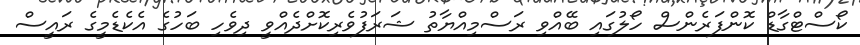
ކޯސްޓްގާޑް ކޮންފަރެންސް ހޯލުގައި ބޭއްވި ރަސްމިއްޔާތު ޝަރަފުވެރިކޮށްދެއްވީ ދިވެހި ބަހުގެ އެކެޑެމީގެ ރައީސް